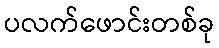
ပလက်ဖောင်းတစ်ခု